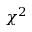
\chi ^ { 2 }